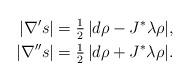
LaTeX: \begin{align*} |\nabla' s| &= \tfrac12 \, |d\rho - J^*\lambda \rho|, \\ |\nabla''s| &= \tfrac12 \, |d\rho + J^*\lambda \rho| .\end{align*}